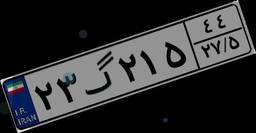
۲۳گ۲۱۵۴۴